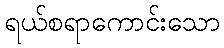
ရယ်စရာကောင်းသော